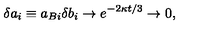
\delta a _ { i } \equiv a _ { B i } \delta b _ { i } \to e ^ { - 2 \kappa t / 3 } \to 0 ,